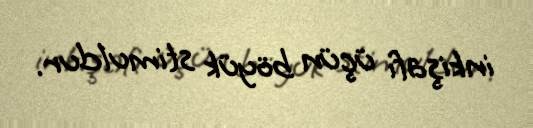
inkişafı üçün böyük stimuldur.